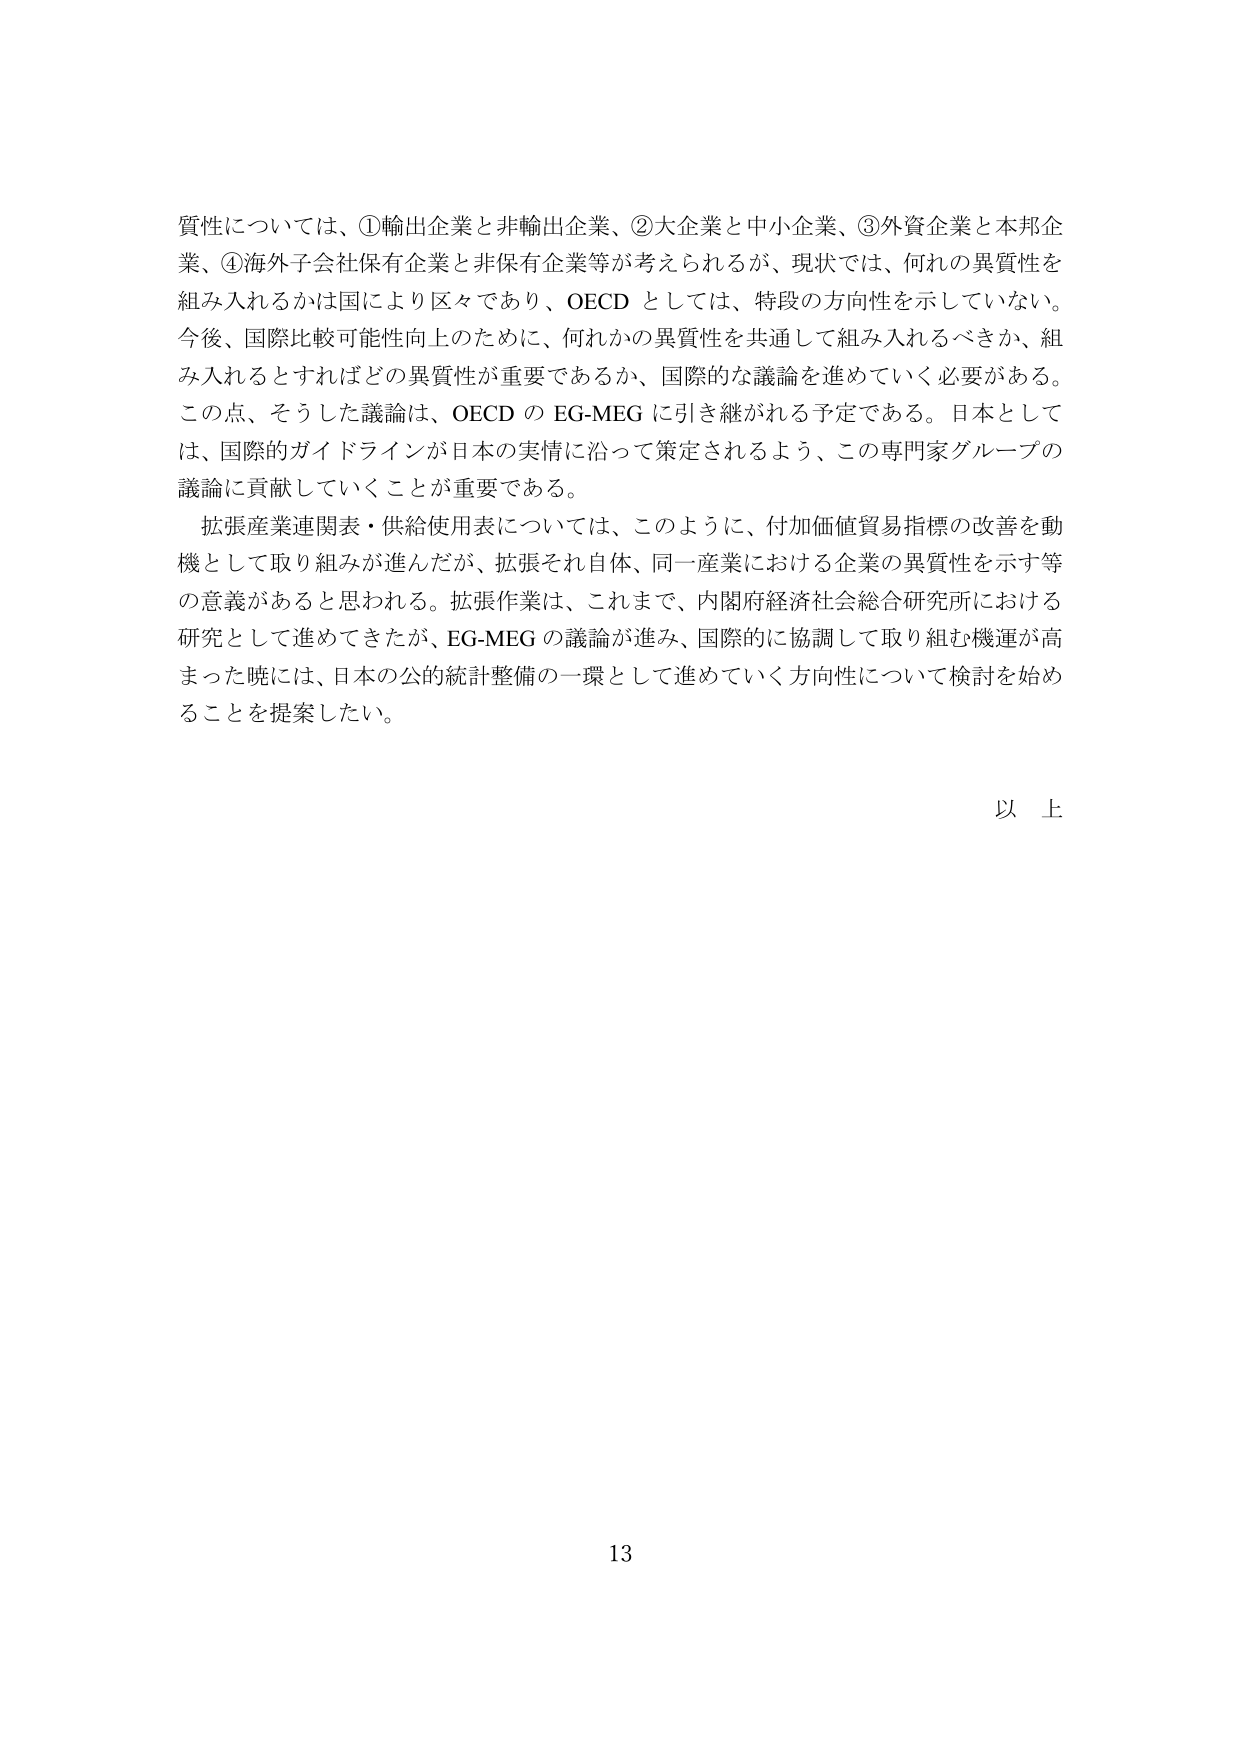
質性については、①輸出企業と非輸出企業、②大企業と中小企業、③外資企業と本邦企業、④海外子会社保有企業と非保有企業等が考えられるが、現状では、何れの異質性を組み入れるかは国により区々であり、OECD としては、特段の方向性を示していない。今後、国際比較可能性向上のために、何れかの異質性を共通して組み入れるべきか、組み入れるとすればどの異質性が重要であるか、国際的な議論を進めていく必要がある。この点、そうした議論は、OECD の EG-MEG に引き継がれる予定である。日本としては、国際的ガイドラインが日本の実情に沿って策定されるよう、この専門家グループの議論に貢献していくことが重要である。

拡張産業連関表・供給使用表については、このように、付加価値貿易指標の改善を動機として取り組みが進んだが、拡張それ自体、同一産業における企業の異質性を示す等の意義があると思われる。拡張作業は、これまで、内閣府経済社会総合研究所における研究として進めてきたが、EG-MEG の議論が進み、国際的に協調して取り組む機運が高まった暁には、日本の公的統計整備の一環として進めていく方向性について検討を始めることを提案したい。

以上

13